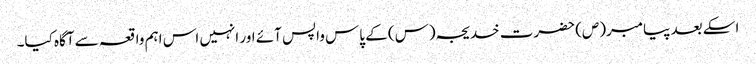
اسکے بعد پیامبر(ص) حضرت خدیجہ(س) کے پاس واپس آئے اور انہیں اس اہم واقعہ سے آگاہ کیا۔